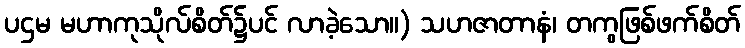
ပဌမ မဟာကုသိုလ်စိတ်၌ပင် လာခဲ့သော။) သဟဇာတာနံ၊ တကွဖြစ်ဖက်စိတ်